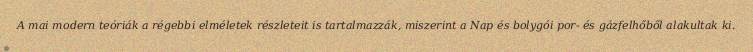
A mai modern teóriák a régebbi elméletek részleteit is tartalmazzák, miszerint a Nap és bolygói por- és gázfelhőből alakultak ki.